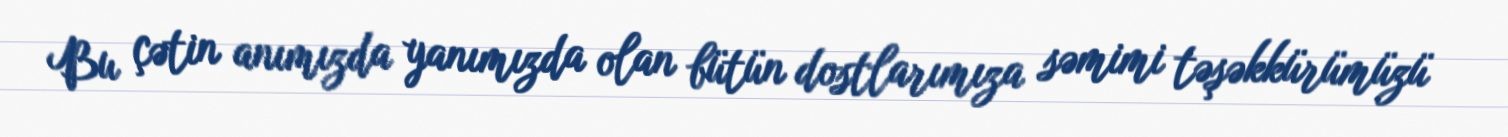
Bu çətin anımızda yanımızda olan bütün dostlarımıza səmimi təşəkkürümüzü